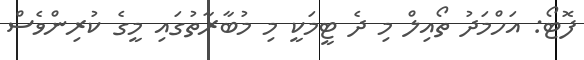
ފޮޓޯ: އަހްމަދު ތޯއިލް މި ދެ ޓީމަކީ މި މުބާރާތުގައި މީގެ ކުރިންވެސް